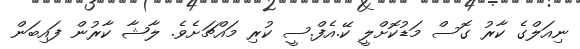
ނިއަލްގެ ކާރު ގޮސް މަޑުކޮށްލީ ކޭ.އެފް.ސީ ކުރި މައްޗަށެވެ. ލާޝާ ކާރުން ފައިބަން